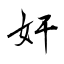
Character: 奸